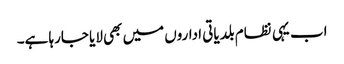
اب یہی نظام بلدیاتی اداروں میں بھی لایا جارہا ہے۔